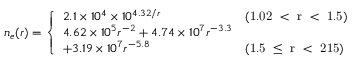
n _ { e } ( r ) = \left\{ \begin{array} { l l } { 2 . 1 \times 1 0 ^ { 4 } \times 1 0 ^ { 4 . 3 2 / r } } & { \mathrm { ( 1 . 0 2 ~ < ~ r ~ < ~ 1 . 5 ) } } \\ { 4 . 6 2 \times 1 0 ^ { 5 } r ^ { - 2 } + 4 . 7 4 \times 1 0 ^ { 7 } r ^ { - 3 . 3 } } \\ { + 3 . 1 9 \times 1 0 ^ { 7 } r ^ { - 5 . 8 } } & { \mathrm { ( 1 . 5 ~ \leq ~ r ~ < ~ 2 1 5 ) } } \end{array} \right.